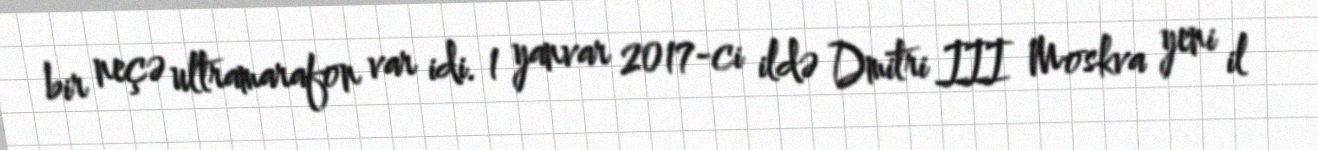
bir neçə ultramarafon var idi. 1 yanvar 2017-ci ildə Dmitri III Moskva yeni il